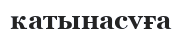
қатынасуға